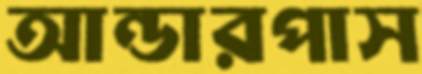
আন্ডারপাস